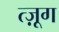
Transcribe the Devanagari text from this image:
त्ज़ूग